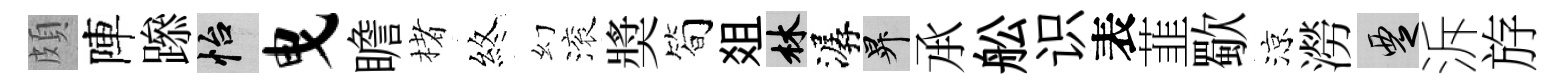
頗陣𨅶怡曳瞻楮煞幻滚奬简爼林潺升𠄘舩识表韮歜涼澇覂泝斿